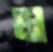
ম